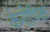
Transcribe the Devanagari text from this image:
केनोपिक